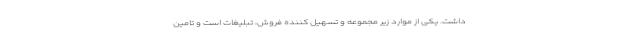
داشت. یکی از موارد زیر مجموعه و تسهیل کننده فروش، تبلیغات است و تامین